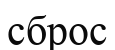
сброс